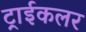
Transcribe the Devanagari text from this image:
ट्राईकलर